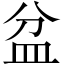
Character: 盆